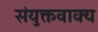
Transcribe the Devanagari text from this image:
संयुक्तवाक्य